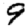
Digit: 9